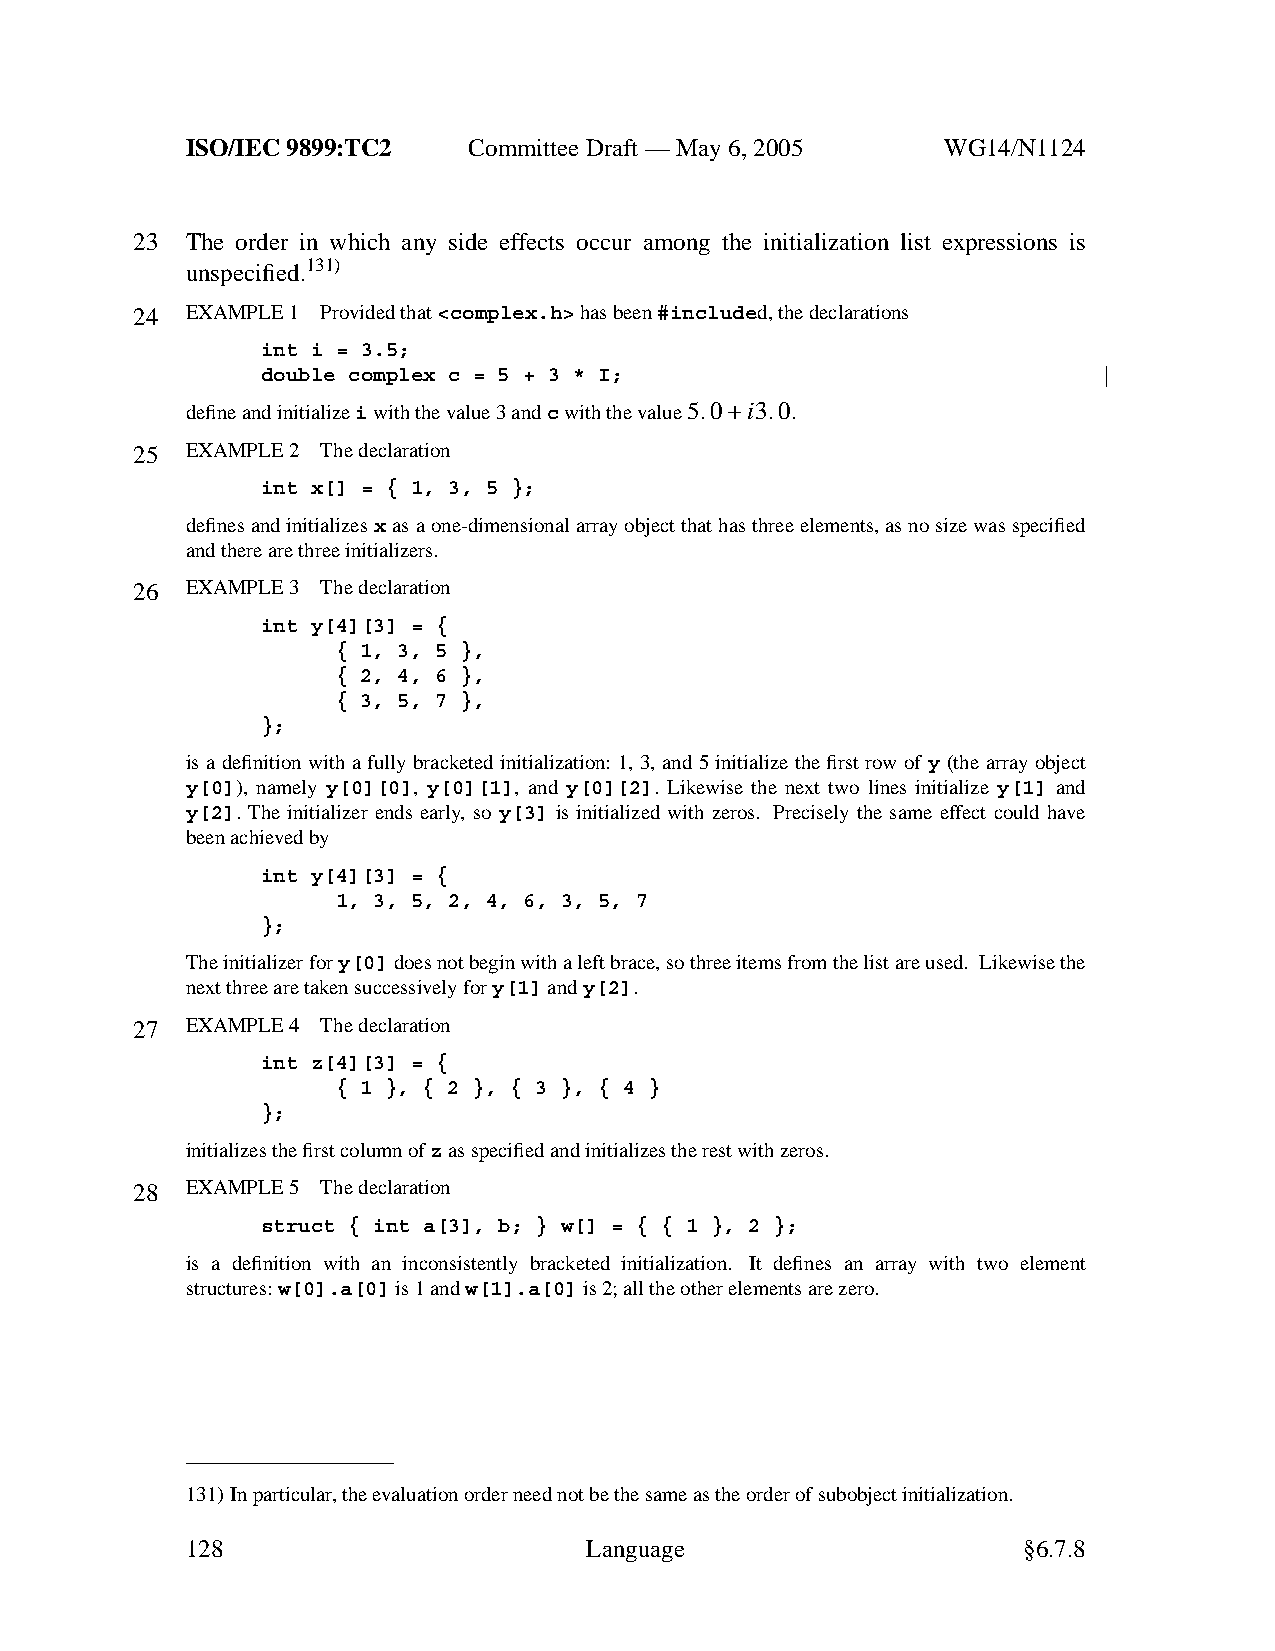
ISO/IEC 9899:TC2   Committee Draft — May 6, 2005   WG14/N1124
 23 The order in which any side effects occur among the initialization list expressions is
 unspecified.131)
 24 EXAMPLE 1 Provided that<complex.h>has been#included, the declarations
 int i = 3.5;
 double complex c = 5 + 3 * I;
 define and initializeiwith the value 3 andcwith the value5. 0+i3. 0.
 25 EXAMPLE 2 The declaration
 int x[] = { 1, 3, 5 };
 defines and initializesxas a one-dimensional array object that has three elements, as no size was specified
 and there are three initializers.
 26 EXAMPLE 3 The declaration
 int y[4][3] = {
 { 1, 3, 5 },
 { 2, 4, 6 },
 { 3, 5, 7 },
 };
 is a definition with a fully bracketed initialization: 1, 3, and 5 initialize the first row of y (the array object
 y[0]), namely y[0][0], y[0][1], and y[0][2]. Likewise the next two lines initialize y[1] and
 y[2]. The initializer ends early, so y[3] is initialized with zeros. Precisely the same effect could have
 been achievedby
 int y[4][3] = {
 1, 3, 5, 2, 4, 6, 3, 5, 7
 };
 The initializer fory[0]does not begin with a left brace, so three items from the list are used. Likewise the
 next three are taken successively fory[1]andy[2].
 27 EXAMPLE 4 The declaration
 int z[4][3] = {
 { 1 }, { 2 }, { 3 }, { 4 }
 };
 initializes the first column ofzas specified and initializes the rest with zeros.
 28 EXAMPLE 5 The declaration
 struct { int a[3], b; } w[] = { { 1 }, 2 };
 is a definition with an inconsistently bracketed initialization. It defines an array with two element
 structures:w[0].a[0]is 1 andw[1].a[0]is 2; all the other elements are zero.
 131)In particular,the evaluation order need not be the same as the order of subobject initialization.
 128                        Language                     §6.7.8